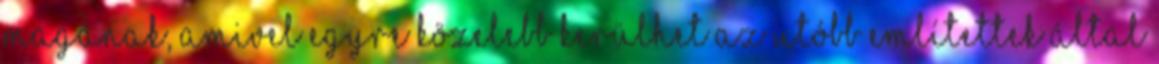
magának, amivel egyre közelebb kerülhet az utóbb említettek által